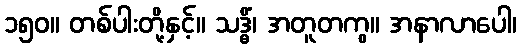
၁၅၀။ တစ်ပါးတို့နှင့်။ သဒ္ဓိံ၊ အတူတကွ။ အနာလာပေါ၊